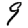
Digit: 9